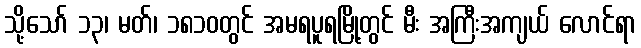
သို့သော် ၁၃၊ မတ်၊ ၁၈၁၀တွင် အမရပူရမြို့တွင် မီး အကြီးအကျယ် လောင်ရာ